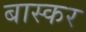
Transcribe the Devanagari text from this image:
बास्कर